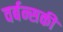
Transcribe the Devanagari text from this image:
वर्बन्सकी